King Institute of Preventive Medicine Micro-Biological Section reports 1909-11
Year: 1909
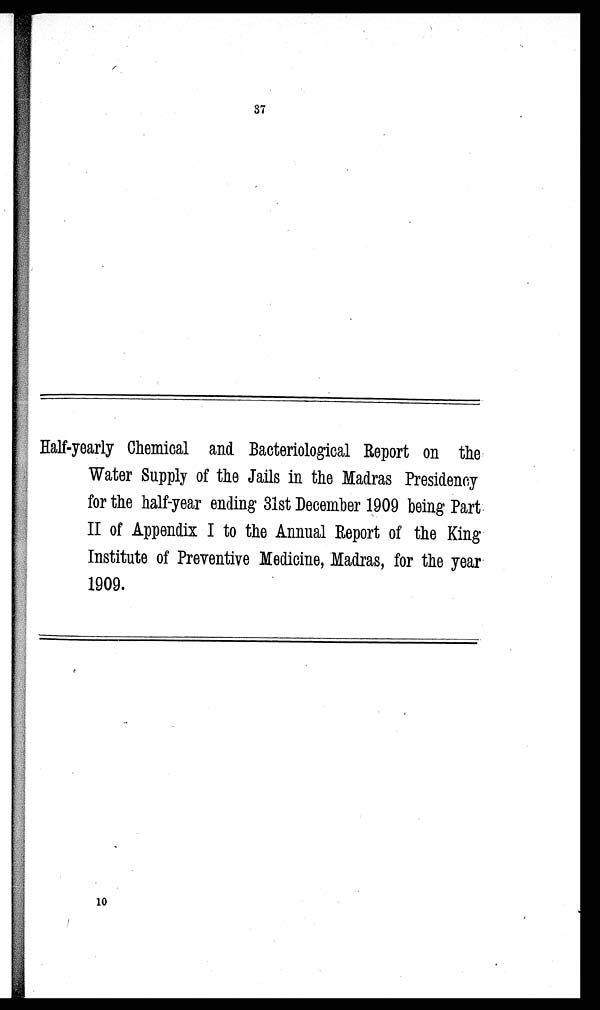
37
Half-yearly Chemical and Bacteriological Report on the
Water Supply of the Jails in the Madras Presidency
for the half-year ending 31st December 1909 being Part
II of Appendix I to the Annual Report of the King
Institute of Preventive Medicine, Madras, for the year
1909.
10